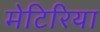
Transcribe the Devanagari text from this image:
मेटिरिया